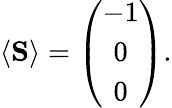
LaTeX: \begin{array}{r}{\langle{\mathbf S}\rangle=\left(\begin{array}{c}{-1}\\ {0}\\ {0}\end{array}\right).}\end{array}